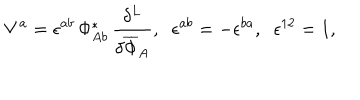
LaTeX: V ^ { a } = \epsilon ^ { a b } \, \Phi _ { A b } ^ { * } \, \frac { \delta ^ { L } } { \delta \overline { { { \Phi } } } _ { A } } , \; \; \epsilon ^ { a b } = - \epsilon ^ { b a } , \; \; \epsilon ^ { 1 2 } = 1 ,